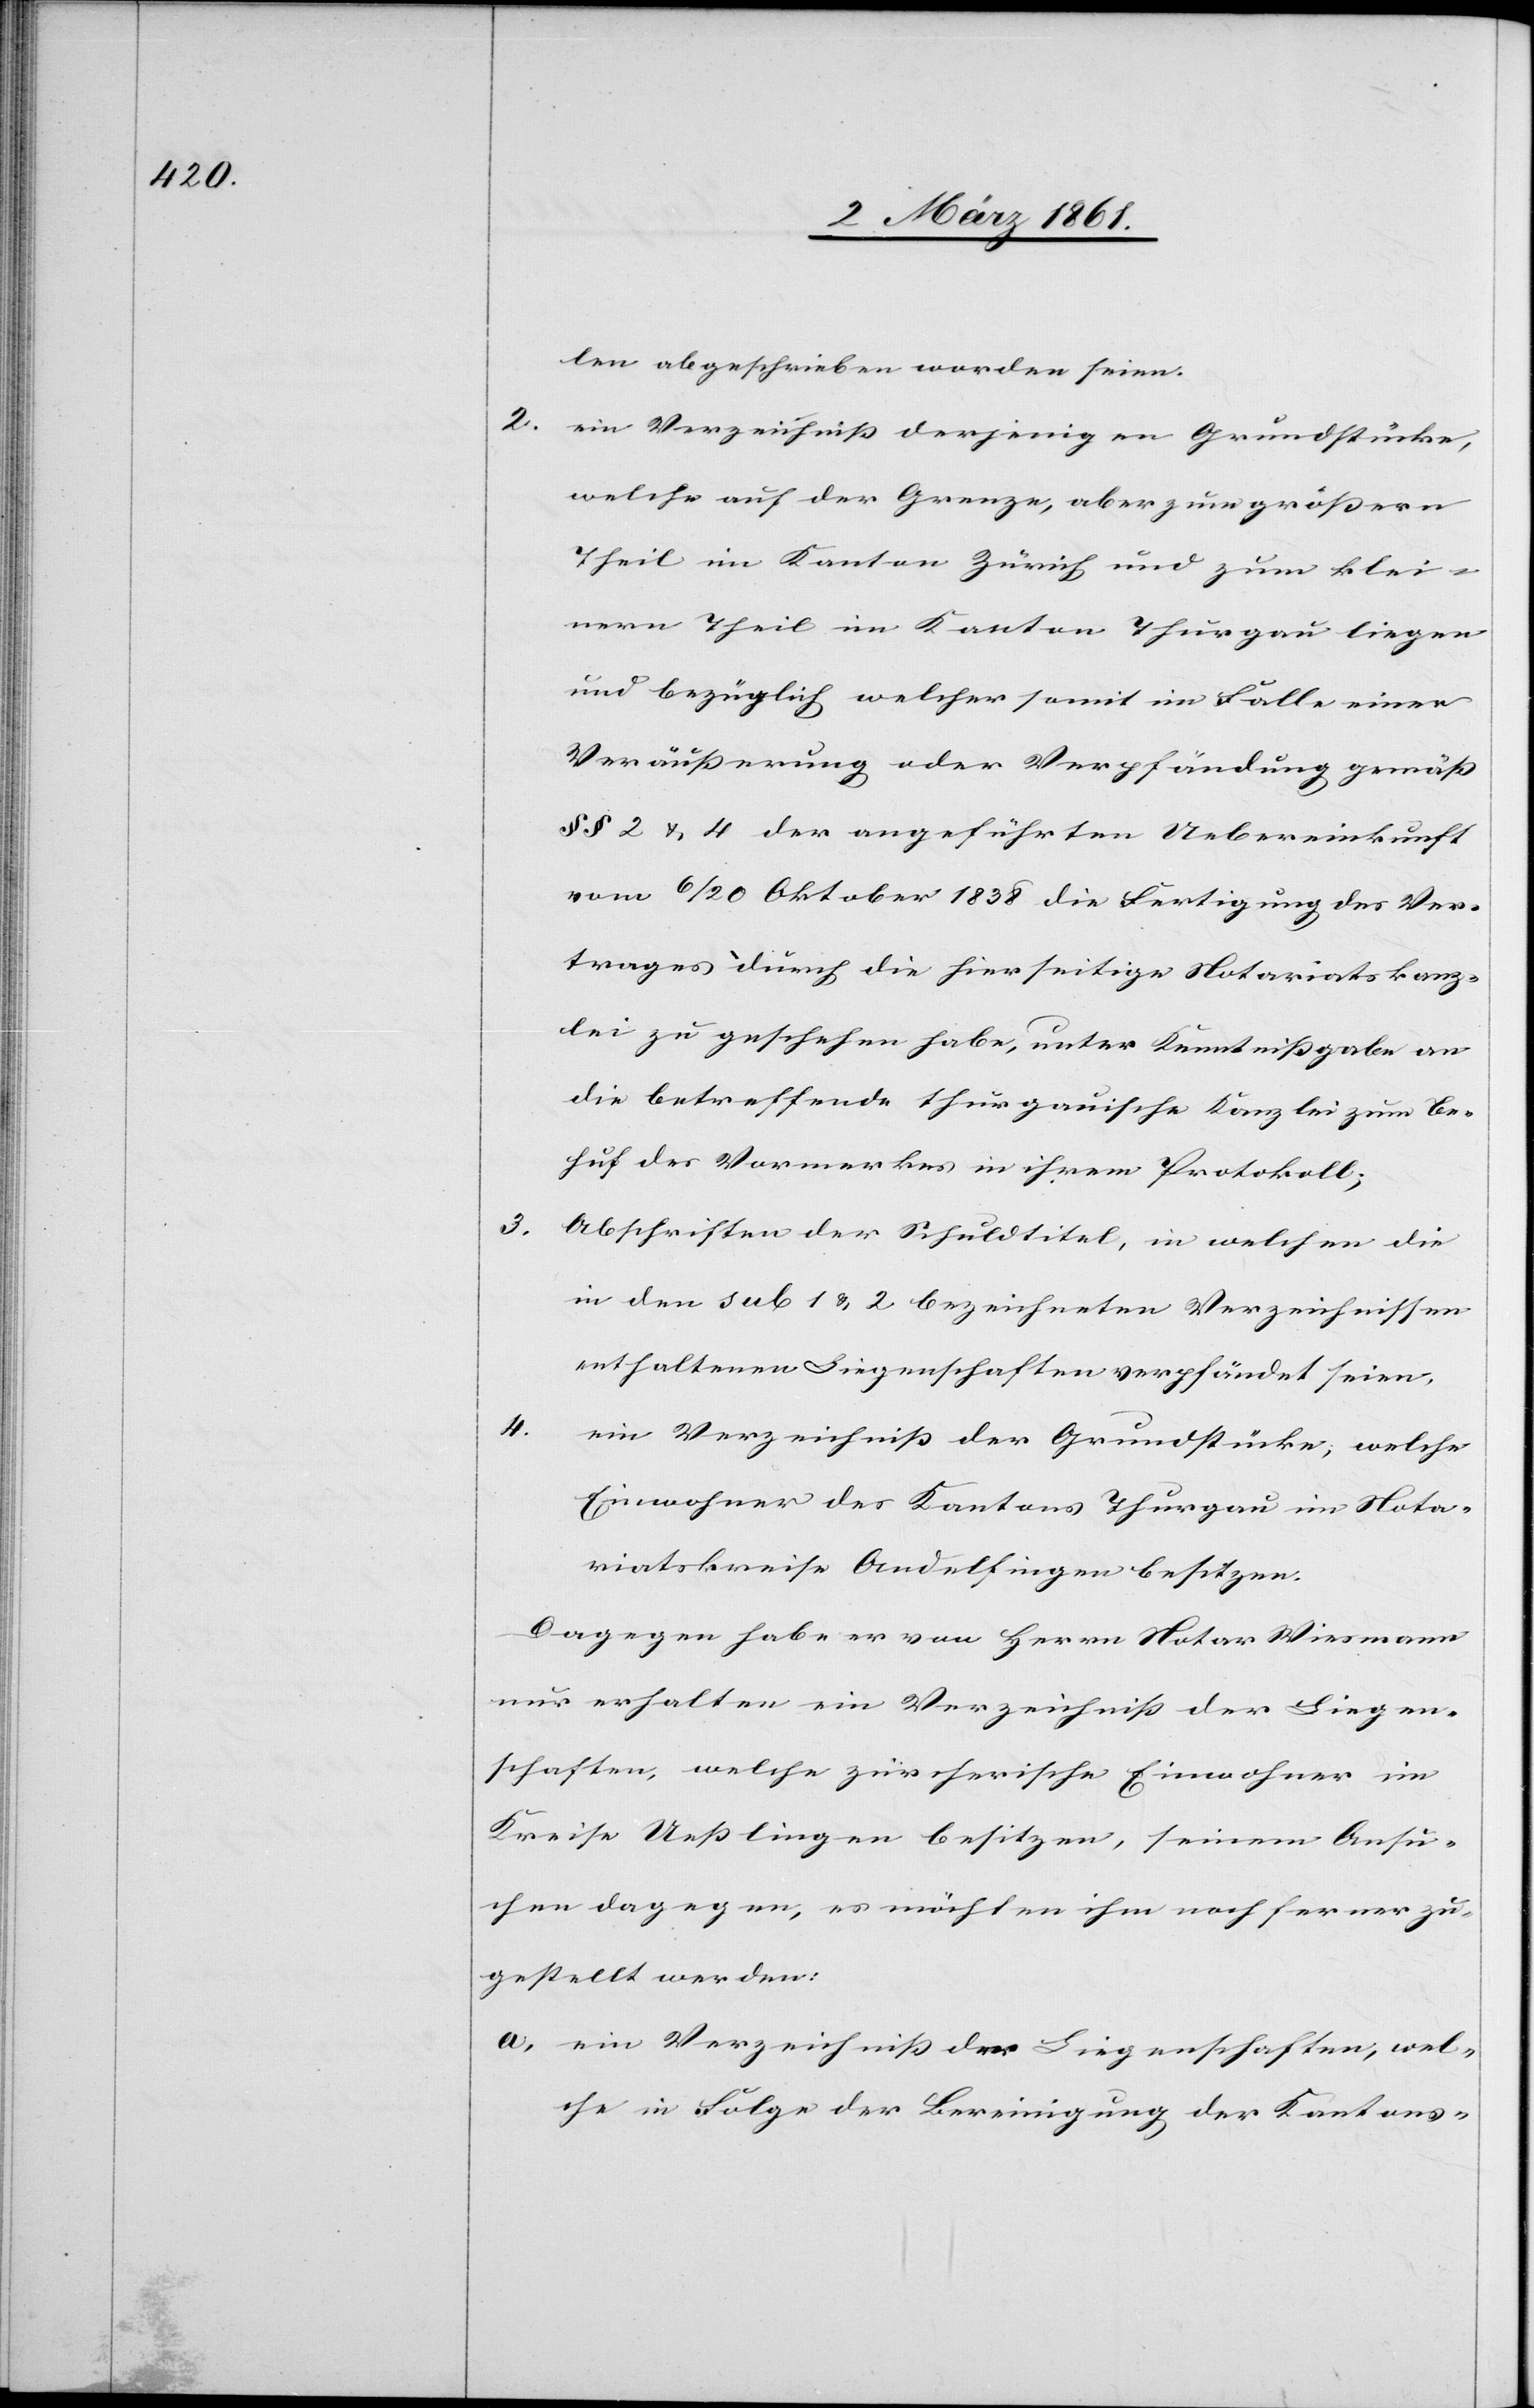
3.

len abgeschrieben worden seien.
ein Verzeichniss derjenigen Grundstücke,
welche auf der Grenze, aber zum grössern
Theil im Kanton Zürich und zum klei¬
nern Theil im Kanton Thurgau liegen
und bezüglich welcher somit im Falle einer
Veräusserung oder Verpfändung gemäss
§§ 2 u. 4, der angeführten Uebereinkunft
vom 6 / 20 Oktober 1838 die Fertigung des Ver¬
trages durch die hierseitige Notariatskanz¬
lei zu geschehen habe, unter Kenntnissgabe an
die betreffende thurgauische Kanzlei zum Be¬
huf des Vormerkes in ihrem Protokoll;
Abschriften der Schuldtitel, in welchen die
in den sub 1 u. 2 bezeichneten Verzeichnissen
erhaltenen Liegenschaften verpfändet seien,
4.
ein Verzeichniss der Grundstücke, welche
Einwohner des Kantons Thurgau im Nota¬
riatskreise Andelfingen besitzen.
Dagegen habe er vom Herrn Notar Wiesmann
nur erhalten ein Verzeichniss der Liegen¬
schaften, welche zürcherische Einwohner im
Kreise Uesslingen besitzen, seinem Ansu¬
chen dagegen, es möchten ihm noch ferner zu¬
gestellt werden:
a. ein Verzeichniss der Liegenschaften, wel¬
che in Folge der Bereinigung der Kantons-

2.